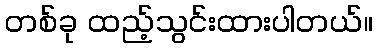
တစ်ခု ထည့်သွင်းထားပါတယ်။